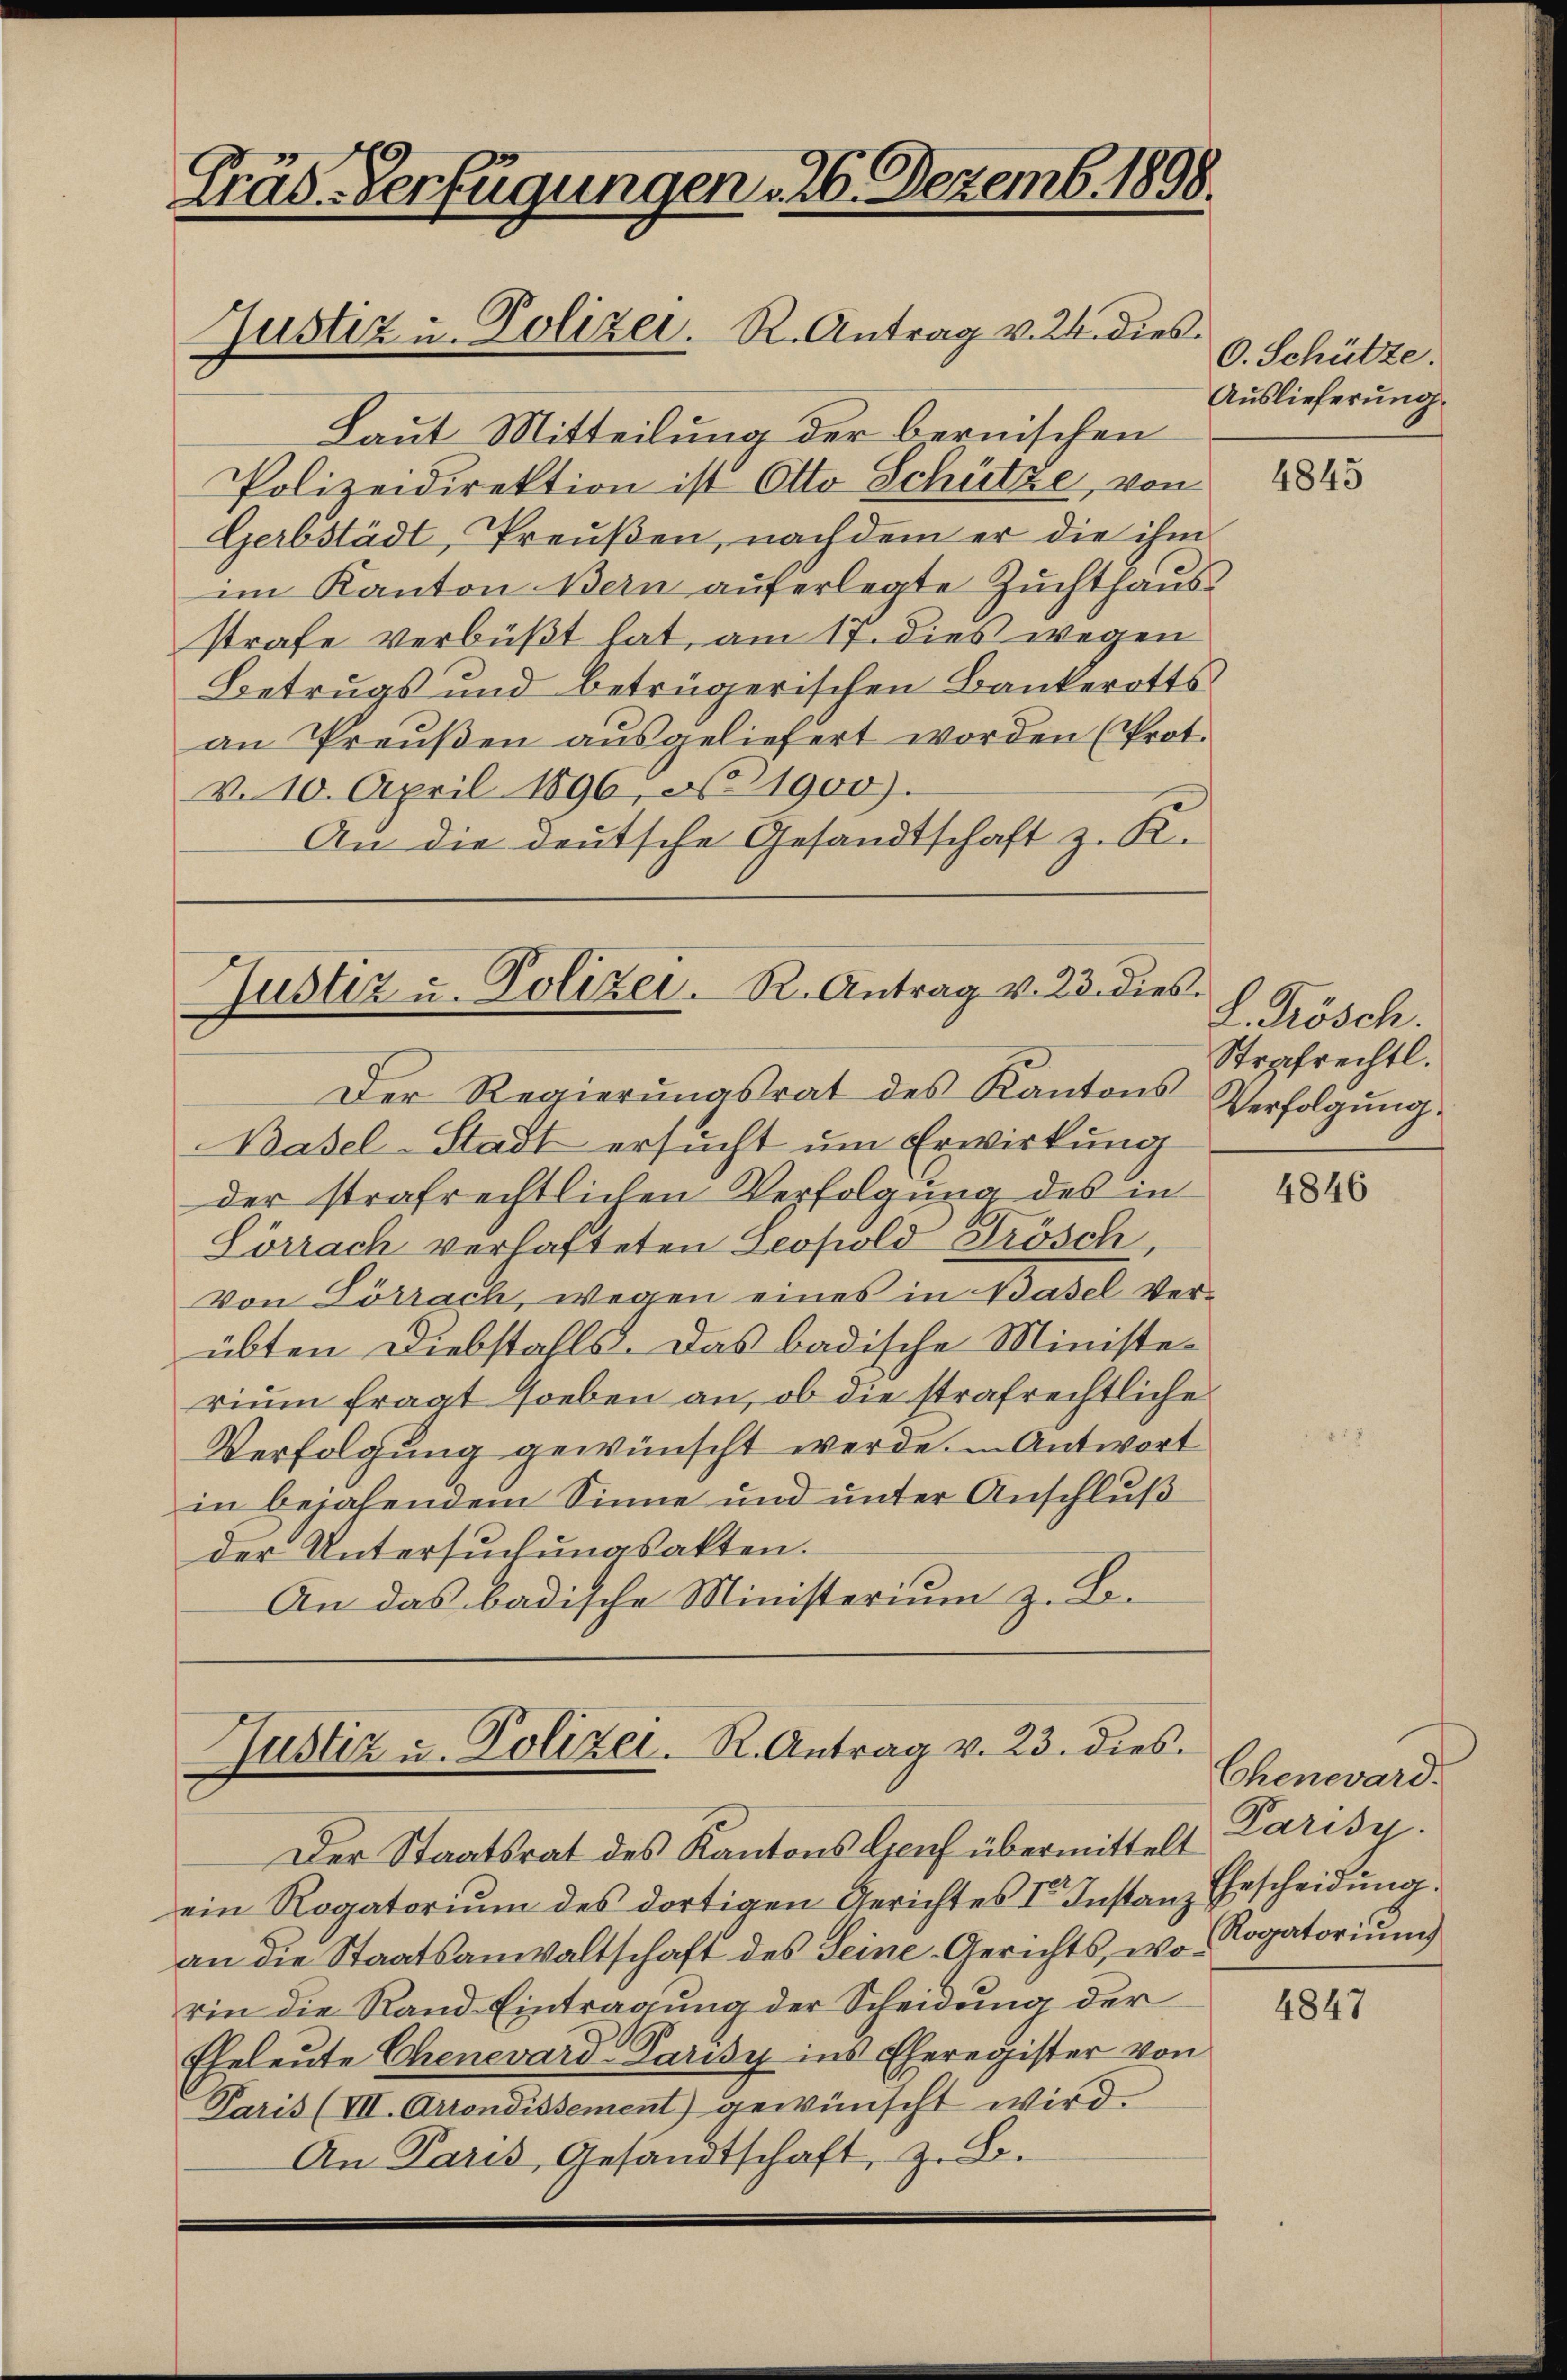
Präs. Verfügungen 26. Dezemb. 1898.

Laut Mitteilung der bernischen
Polizeidirektion ist Otto Schütze, von
Gerbstädt, Preußen, nach dem er die ihm
im Kanton Bern auferlegte Zuchthaus
strafe verbüßt hat, am 17. dies wegen
Betrugs und betrügerischen Bankerotts-
an Preußen ausgeliefert worden (Prot.
v. 10. April 1896, No 1900).
An die deutsche Gesandtschaft z. K.

Justiz u. Polizei. R. Antrag v. 24. dies

Justiz u. Polizei. R. Antrag v. 23. dies

Justiz u. Polizei. R. Antrag v. 23. dies

Der Regierŭngsrat des Kantons Verfolgŭng
Basel-Stadt ersucht um Erwirkung
der strafrechtlichen Verfolgung des in
Lörrach verhafteten Leopold Frösch,
von Lörrach, wegen eines in Basel Verübten Diebstahls. Das badische Ministerium fragt soeben an, ob die strafrechtliche
Verfolgung gewünscht werde. In Antwort
in bejahendem Sinne und unter Anschluß
der Untersuchungsakten.
An das badische Ministerium z. Bo-

0. Schütze.
Auslieferung.

Der Staatsrat des Kantons Genf übermittelt Parisy.
ein Rogatoriŭm des dortigen Gerichtes I. Instanz Ehescheidŭng.
an die Staatsanwaltschaft des Seine Gerichts, worin die Rand Eintragung der Scheidung der
Eheleute Chenevard Parisy ins Eheregister von
Paris (VII. Arrondissement) gewünscht wird.
An Paris, Gesandtschaft, z. B.

4845

L. Trösch.
Strafrechtl.

4846

Chenward.
Rogatorium

4847